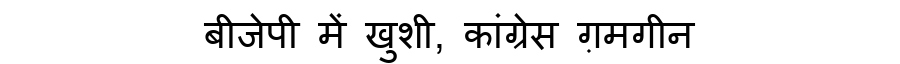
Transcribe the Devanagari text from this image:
बीजेपी में खुशी, कांग्रेस ग़मगीन